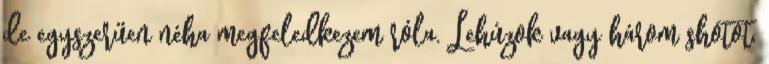
de egyszerűen néha megfeledkezem róla. Lehúzok vagy három shotot,